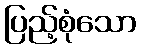
ပြည့်စုံသော